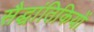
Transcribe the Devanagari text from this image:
सैद्धांतिकियों